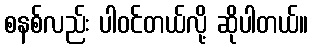
စနစ်လည်း ပါဝင်တယ်လို့ ဆိုပါတယ်။